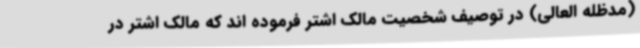
(مدظله العالی) در توصیف شخصیت مالک اشتر فرموده اند که مالک اشتر در